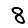
Digit: 8